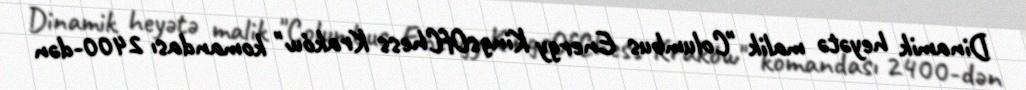
Dinamik heyətə malik "Columbus Energy KingsOfChess Kraków" komandası 2400-dən